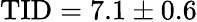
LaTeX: \textrm{TID}=7.1\pm 0.6